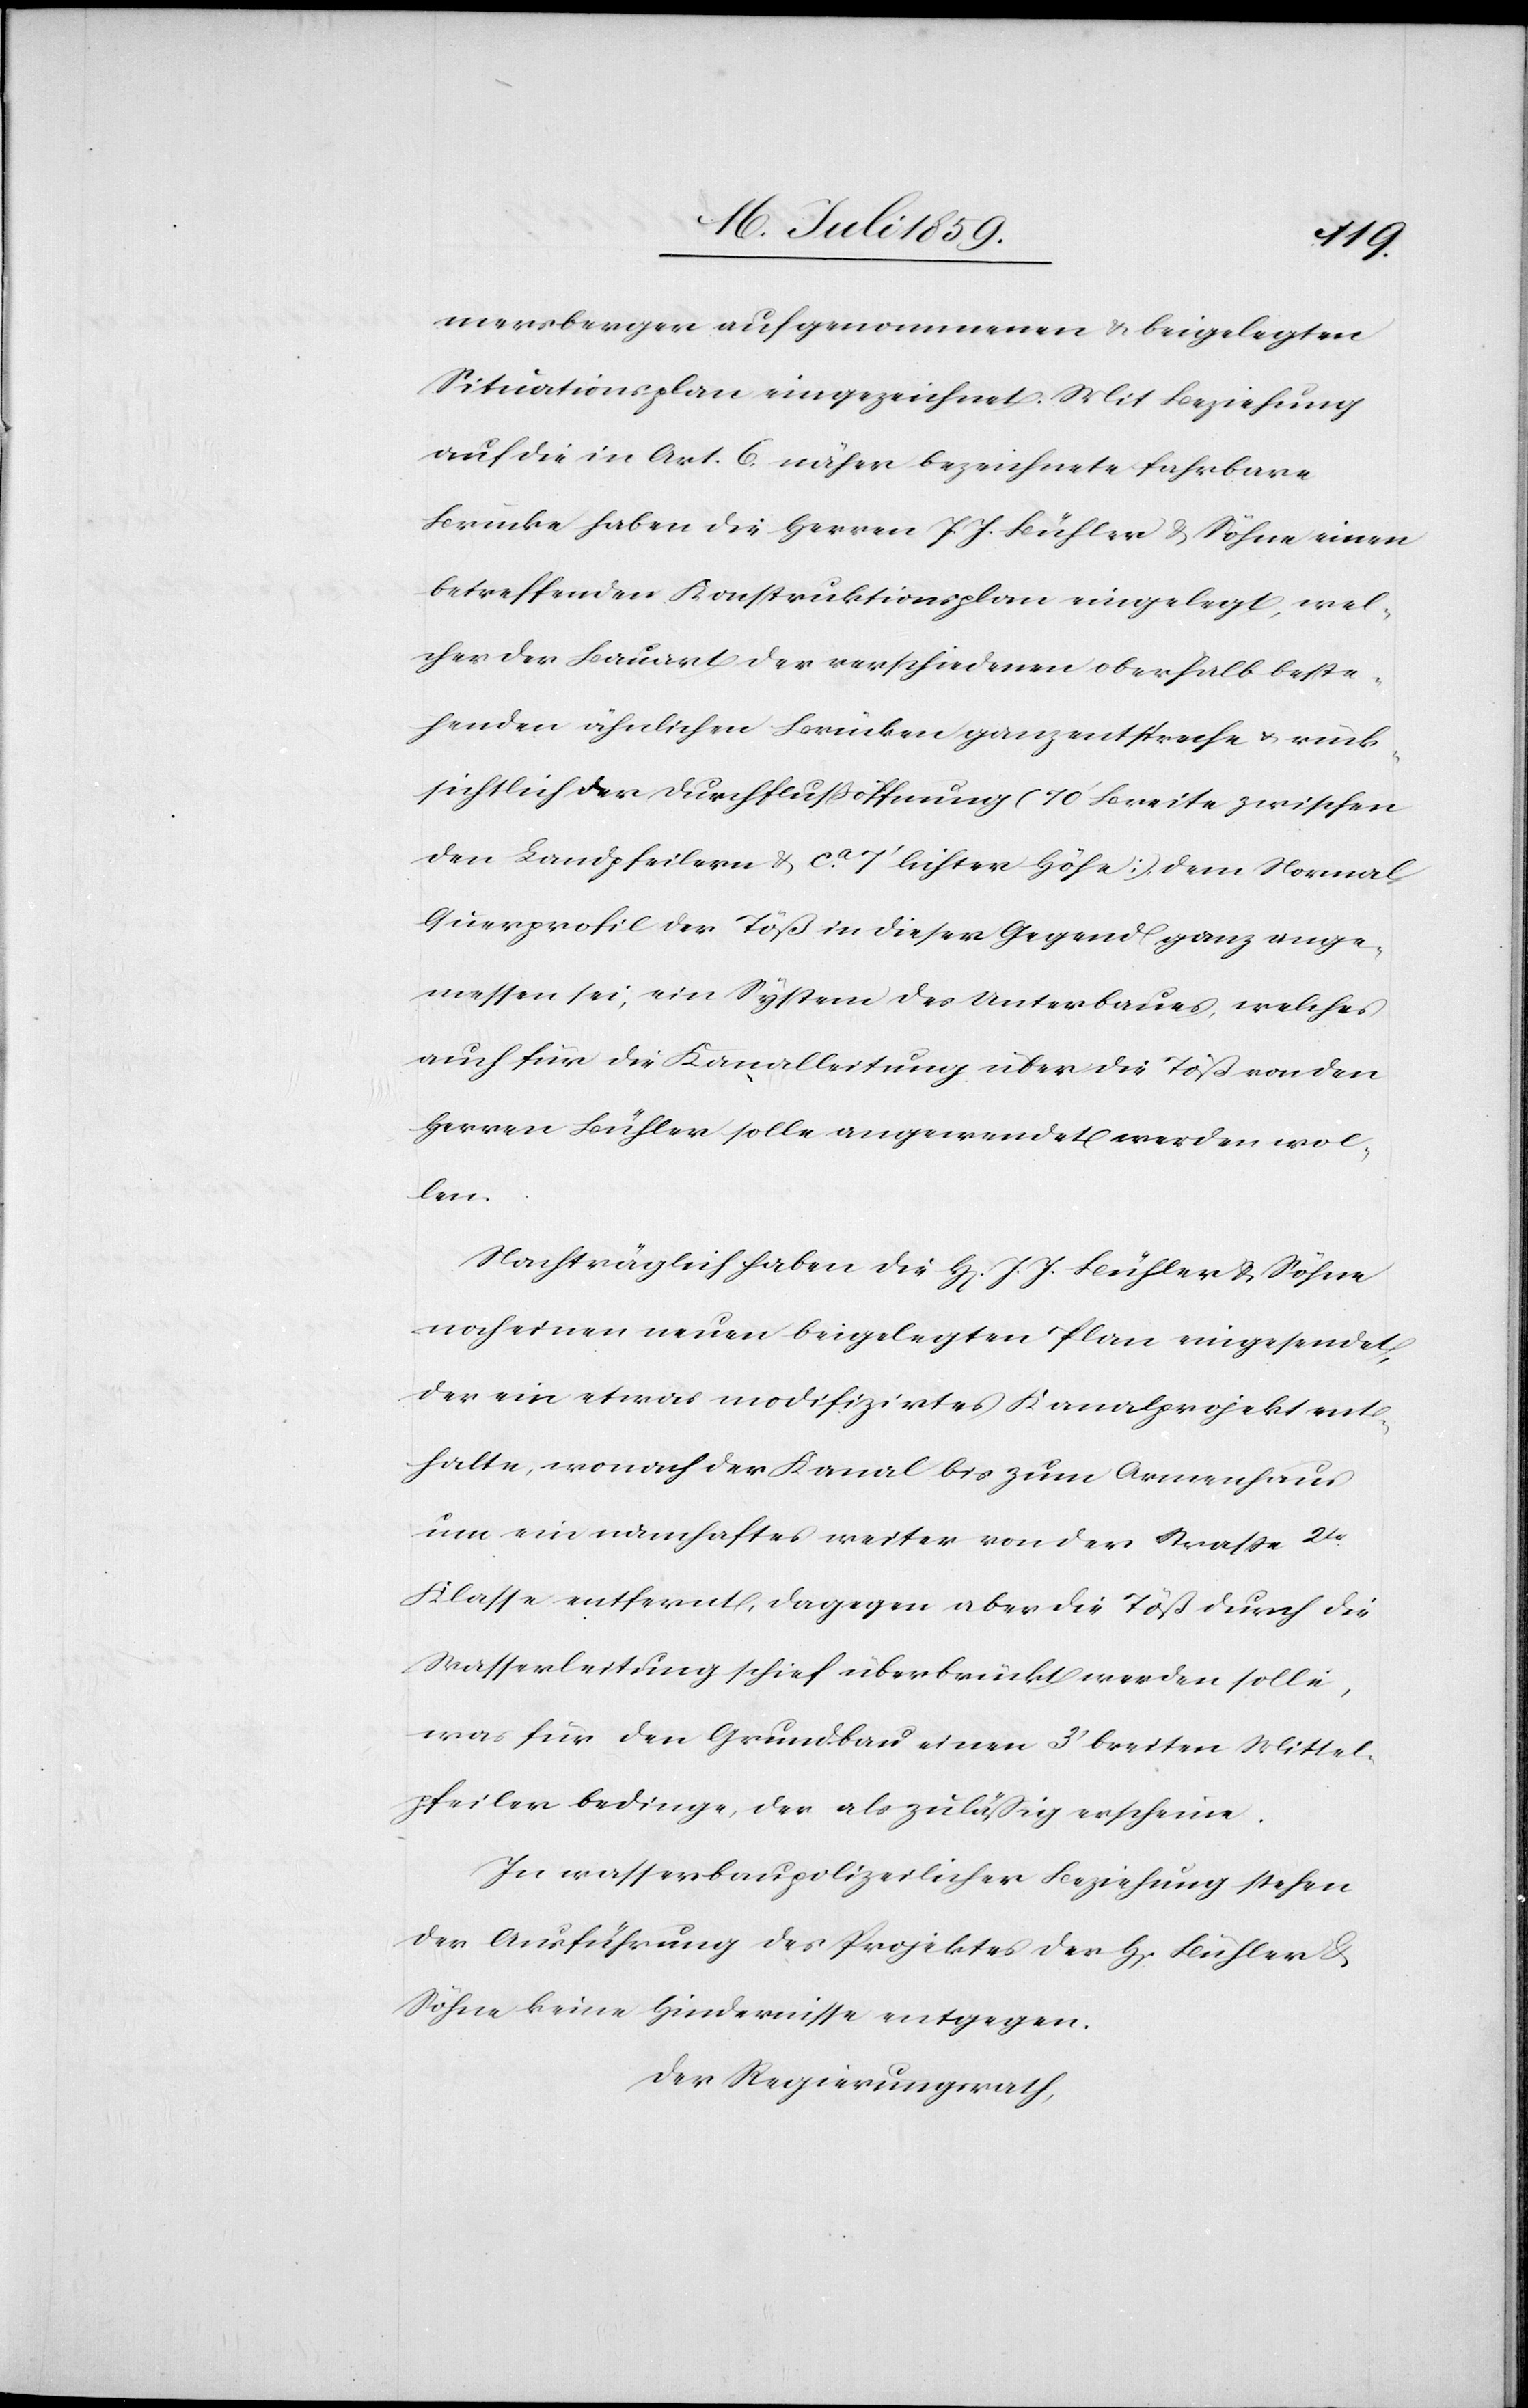
mersberger aufgenommenen u. beigelegten
Situationsplan eingezeichnet. Mit Beziehung
auf die in Art. 6. näher bezeichnete fahrbare
Brücke haben die Herren J. J. Bühler u. Söhne einen
betreffenden Konstruktionsplan eingelegt, wel¬
cher der Bauart der verschiedenen oberhalb beste¬
henden ähnlichen Brücken ganz entspreche u. rück¬
sichtlich der Durchflußöffnung (10’ Breite zwischen
den Landpfeilern u. ca. 7’ leichter Höhe) dem Normal¬
querprofil der Töß in dieser Gegend ganz ange¬
messen sei, ein System des Unterbaues, welches
auch für die Kanalleitung über die Töß von den
Herren Bühler solle angewendet werden wol¬
len.
Nachträglich haben die H[erren] J. J. Bühler u. Söhne
noch einen neuen beigelegten Plan eingesendet,
der ein etwas modifizirtes Kanalprojekt ent¬
halte, wonach der Kanal bis zum Armenhaus
um ein namhaftes weiter von der Straße 2tr.
Klasse entfernt, dagegen aber die Töß durch die
Wasserleitung schief überbrückt werden solle,
was für den Grundbau einen 3’ breiten Mittel¬
pfeiler bedinge, der als zuläßig erscheine.
In wasserbaupolizeilicher Beziehung stehen
der Ausführung des Projektes der H[erren] Bühler u.
Söhne keine Hindernisse entgegen.
Der Regierungsrath,